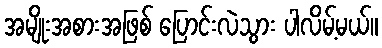
အမျိုးအစားအဖြစ် ပြောင်းလဲသွား ပါလိမ့်မယ်။